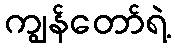
ကျွန်တော်ရဲ့